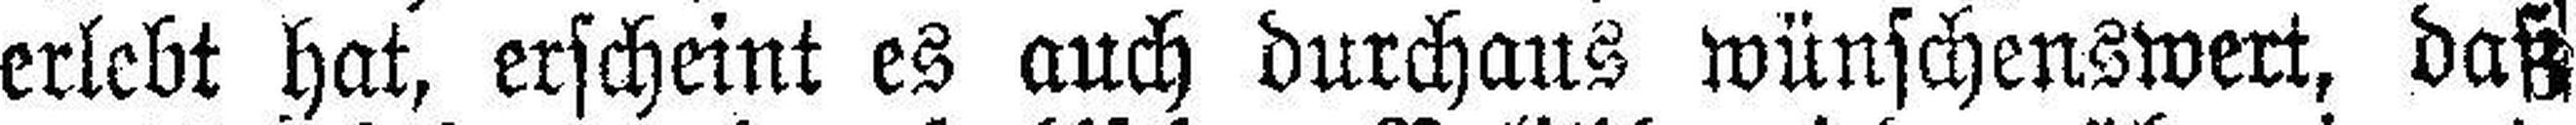
erlebt hat, erscheint es auch durchaus wünschenswert, daß